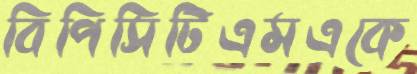
বিপিসিটিএমএকে